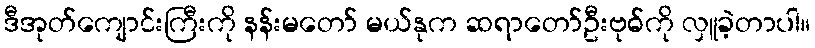
ဒီအုတ်ကျောင်းကြီးကို နန်းမတော် မယ်နုက ဆရာတော်ဦးဗုဓ်ကို လှူခဲ့တာပါ။